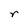
Character: r